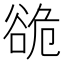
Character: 𮙍